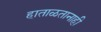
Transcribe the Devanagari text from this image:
हाताळतानाही